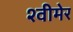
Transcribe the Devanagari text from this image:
श्वीमेर